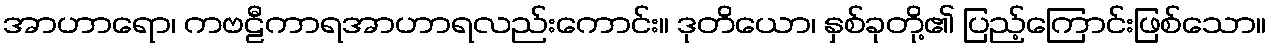
အာဟာရော၊ ကဗဠီကာရအာဟာရလည်းကောင်း။ ဒုတိယော၊ နှစ်ခုတို့၏ ပြည့်ကြောင်းဖြစ်သော။